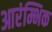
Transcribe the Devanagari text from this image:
आरंम्भिक